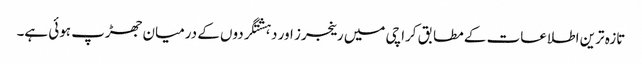
تازہ ترین اطلاعات کے مطابق کراچی میں رینجرز اور دہشتگردوں کے درمیان جھڑپ ہوئی ہے۔